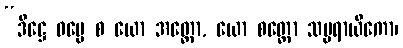
“ဒိဋ္ဌေ ဓမ္မေ စ ယော အတ္ထော, ယော စတ္ထော သမ္ပရာယိကော၊